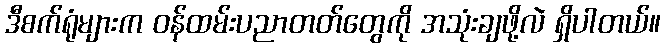
ဒီစက်ရုံများက ဝန်ထမ်းပညာတတ်တွေကို အသုံးချဖို့လဲ ရှိပါတယ်။